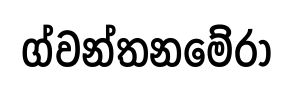
ග්වන්තනමේරා